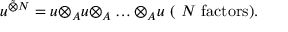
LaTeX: u ^ { \tilde { \otimes } N } = u { \otimes } _ { A } u { \otimes } _ { A } \ldots { \otimes } _ { A } u ~ ( ~ N \mathrm { ~ f a c t o r s } ) .